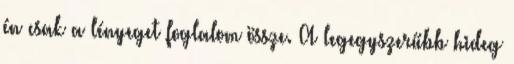
én csak a lényeget foglalom össze. A legegyszerűbb hideg